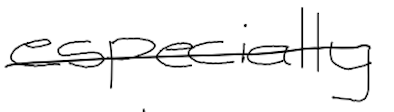
Text: especially
Cross-out: single-line
Writing tool: digital_black